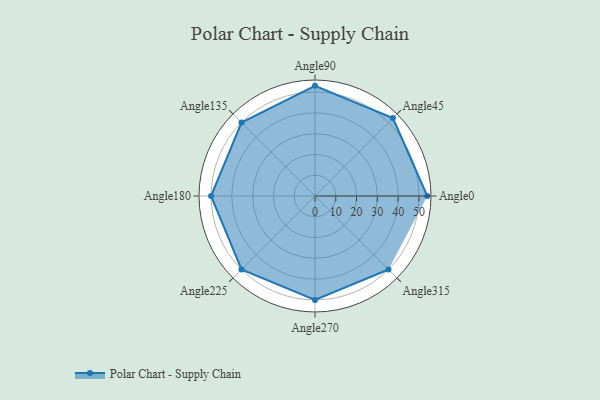
{"axis": {"x": "Angle", "y": "Radius"}, "legend": [""], "data": [{"x": "Angle0", "y": 54.0, "type": ""}, {"x": "Angle45", "y": 53.0, "type": ""}, {"x": "Angle90", "y": 53.0, "type": ""}, {"x": "Angle135", "y": 50.0, "type": ""}, {"x": "Angle180", "y": 50, "type": ""}, {"x": "Angle225", "y": 50, "type": ""}, {"x": "Angle270", "y": 50, "type": ""}, {"x": "Angle315", "y": 50, "type": ""}]}